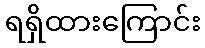
ရရှိထားကြောင်း